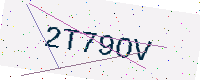
Text: 2T79OV